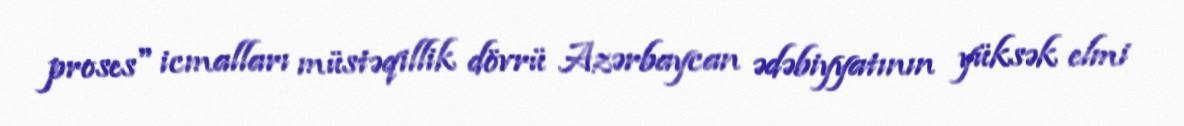
proses" icmalları müstəqillik dövrü Azərbaycan ədəbiyyatının yüksək elmi